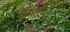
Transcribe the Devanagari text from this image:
राणीवशाच्या